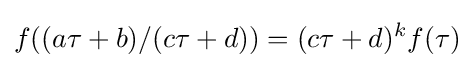
f((a\tau +b)/(c\tau +d))=(c\tau +d)^{k}f(\tau )